Civil Veterinary Dept. Bombay admin report 1907-1913 - 1907-1913
Year: 1907
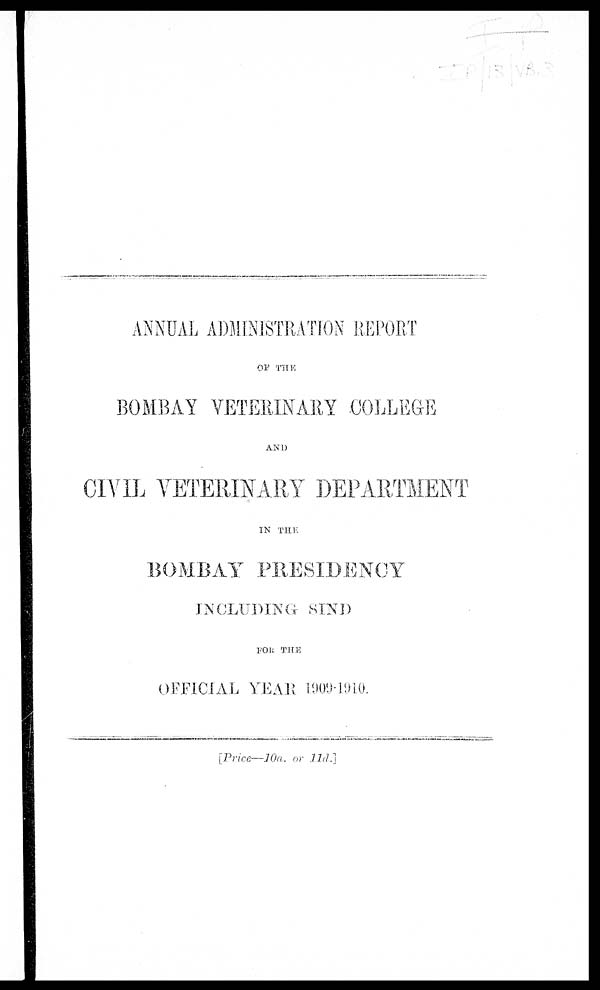
ANNUAL ADMINISTRATION REPORT
OF THE
BOMBAY VETERINARY COLLEGE
AND
CIVIL VETERINARY DEPARTMENT
IN THIS
BOMBAY PRESIDENCY
INCLUDING KIND
FOR THE
OFFICIAL YEAR 1909-1910.
[Price—10a. or 11d.]